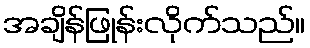
အချိန်ဖြုန်းလိုက်သည်။